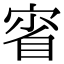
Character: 𡨽